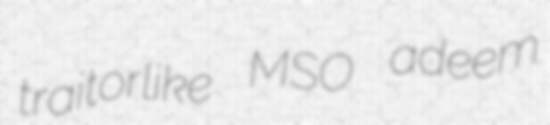
traitorlike MSO adeem